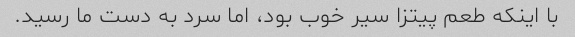
با اینکه طعم پیتزا سیر خوب بود، اما سرد به دست ما رسید.